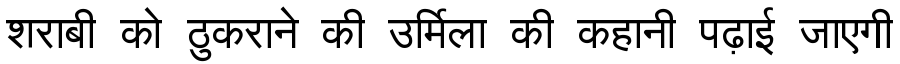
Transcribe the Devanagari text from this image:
शराबी को ठुकराने की उर्मिला की कहानी पढ़ाई जाएगी